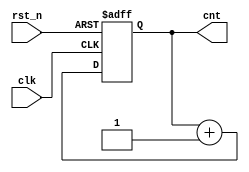
// simple_counter.v

module simple_counter
#(
  parameter WIDTH=8
)
(
 input                  clk,
 input                  rst_n,
 output reg [WIDTH-1:0] cnt
 );
          
   always@(posedge clk or negedge rst_n)
     begin
        if(!rst_n)
          cnt <= {WIDTH{1'b0}};
        else
          cnt <= cnt + 1'b1;
     end
   
endmodule // simple_counter